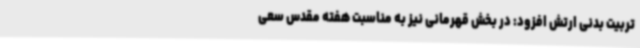
تربیت بدنی ارتش افزود: در بخش قهرمانی نیز به مناسبت هفته مقدس سعی